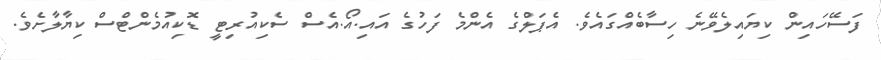
ފަސޭހައިން ކިޔައިލެވޭނެ ހިސާބެއްގައެވެ. އެޕަލްގެ އެންމެ ފަހުގެ އައި.އޯ.އެސް ސެކިއުރިޓީ ޑޮކިއުމެންޓްސް ކިޔާލާށެވެ.